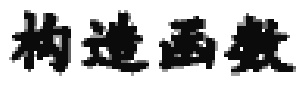
构造函数